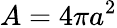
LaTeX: A=4\pi a^{2}